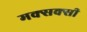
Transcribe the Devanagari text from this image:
मक्सक्सी